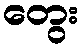
တွေး